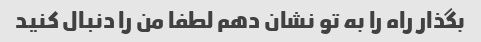
بگذار راه را به تو نشان دهم لطفا من را دنبال کنید